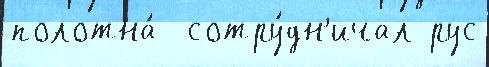
полотна́  сотру́дн'ичал рус